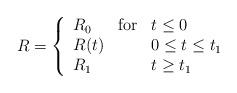
LaTeX: \begin{align*}R = \left\{ \begin{array}{lll}R_0 & \mbox{for} & t \leq 0 \\R(t) & & 0\leq t\leq t_1 \\R_1 & & t \geq t_1 \end{array}\right.\end{align*}